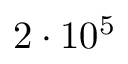
2 \cdot 1 0 ^ { 5 }